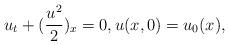
LaTeX: \begin{align*}u_t+(\frac{u^2}{2})_x=0, u(x,0)=u_0(x),\end{align*}